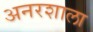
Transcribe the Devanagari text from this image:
अनरशाला